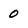
Character: 0